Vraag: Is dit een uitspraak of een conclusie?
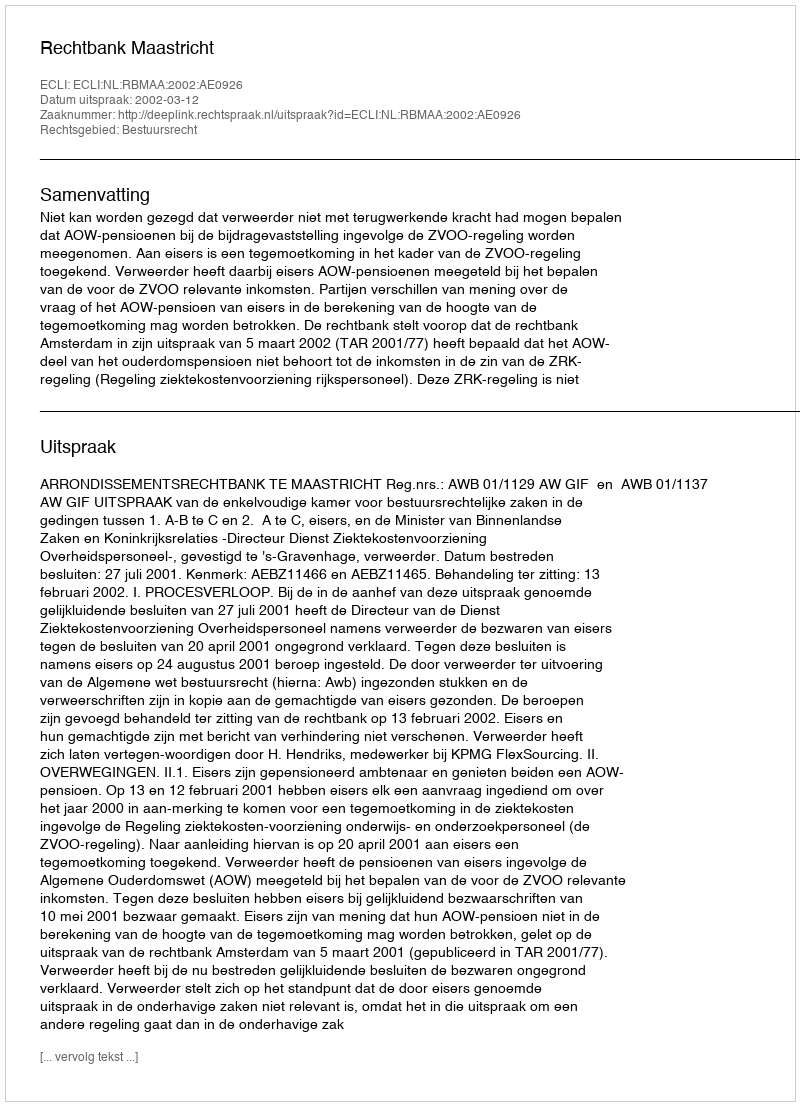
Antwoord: Uitspraak